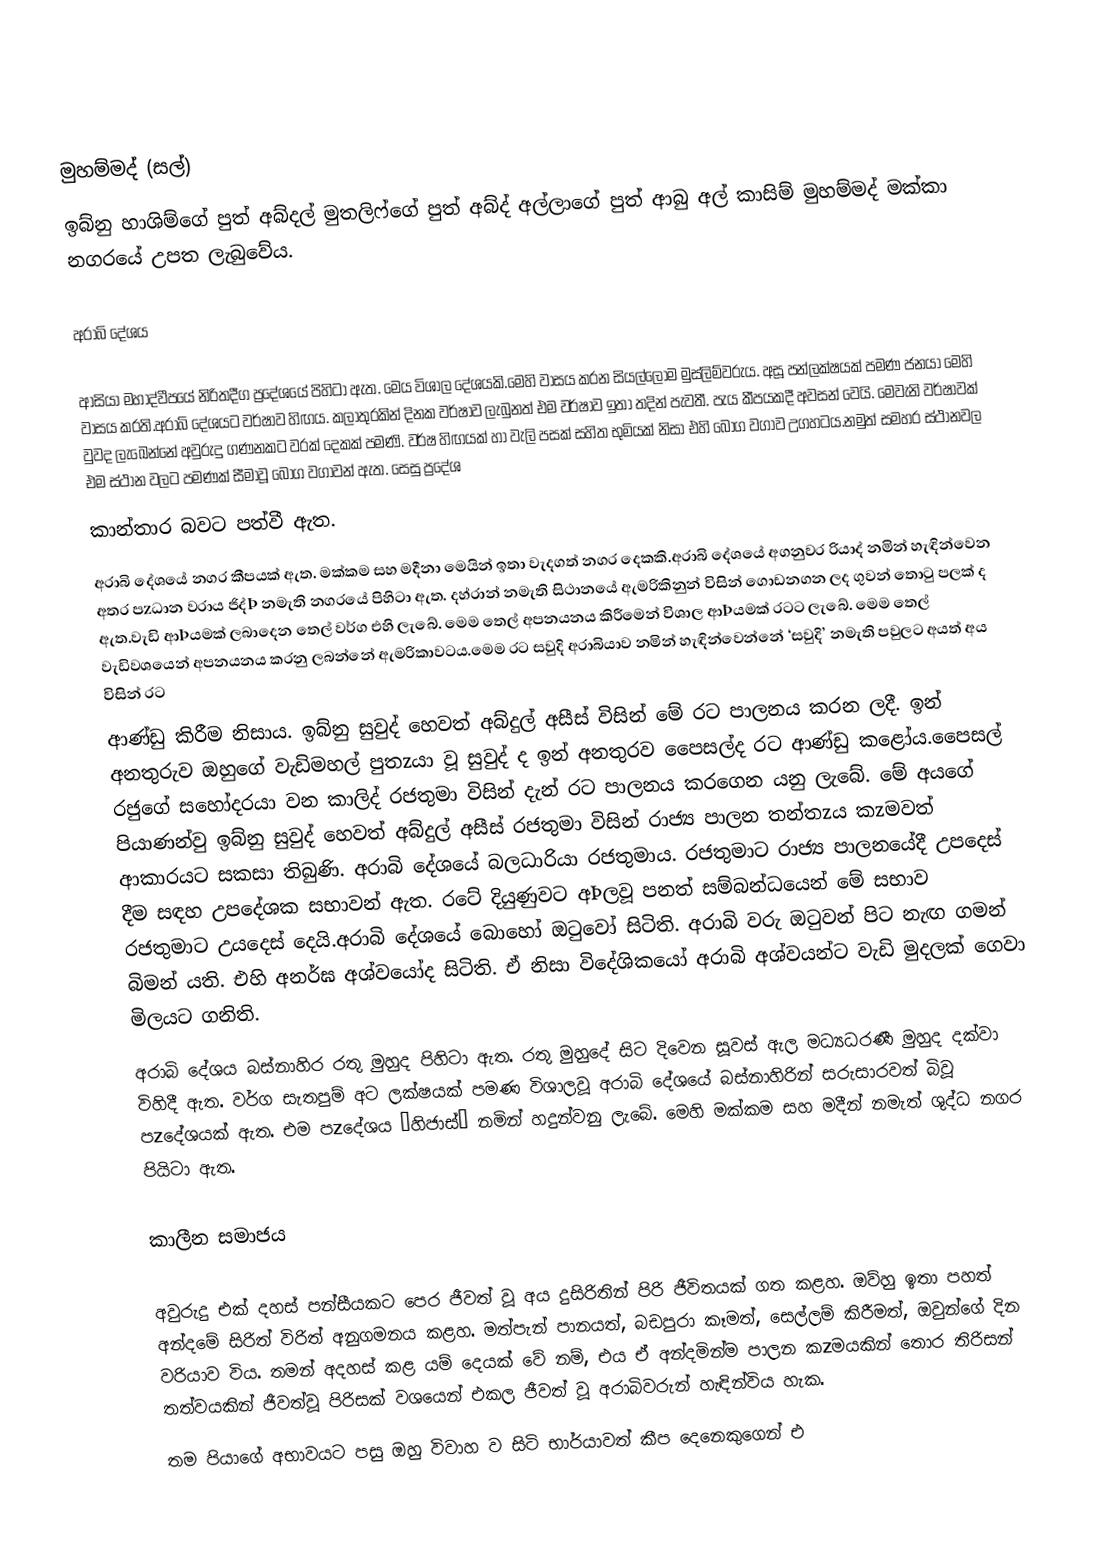

මුහම්මද් (සල්)
ඉබ්නු හාශිම්ගේ පුත් අබ්දල් මුතලිෆ්ගේ පුත්  අබ්ද් අල්ලාගේ පුත් ආබු අල් කාසිම් මුහම්මද්  මක්කා නගරයේ උපත ලැබුවේය.

අරාබි දේශය

ආසියා මහාද්වීපයේ නිරිතදීග ප්‍රදේශයේ පිහිටා ඇත. මෙය විශාල දේශයකි.මෙහි වාසය කරන සියල්ලෝම මුස්ලිම්වරුය. අසූ පන්ලක්ෂයක් පමණ ජනයා මෙහි වාසය කරති.අරාබි දේශයට වර්ෂාව හිඟය. කලාතුරකින් දිනක වර්ෂාව ලැබුනත් එම වර්ෂාව ඉතා තදින් පැවතී. පැය කීපයකදී අවසන් වෙයි. මෙවැනි වර්ෂාවක් වුවද ලැඛෙන්නේ අවුරුදු ගණනකට වරක් දෙකක් පමණි. වර්ෂ හිඟයක් හා වැලි පසක් සහිත භුමියක් නිසා එහි බෝග වගාව උගහටය.නමුත් සමහර ස්ථානවල එම ස්ථාන වලට පමණක් සීමාවූ බෝග වගාවන් ඇත. සෙසු ප්‍රදේශ
කාන්තාර බවට පත්වී ඇත.
අරාබි දේශයේ නගර කීපයක් ඇත. මක්කම සහ මදීනා මෙයින් ඉතා වැදගත් නගර දෙකකි.අරාබි දේශයේ අගනුවර රියාද් නමින් හැඳින්වෙන අතර පzධාන වරාය ජිද්Þ නමැති නගරයේ පිහිටා ඇත. දහ්රාන් නමැති සිථානයේ ඇමරිකිනුන් විසින් ගොඩනගන ලද ගුවන් තොටු පලක් ද ඇත.වැඩි ආÞයමක් ලබාදෙන තෙල් වර්ග එහි ලැබේ. මෙම තෙල් අපනයනය කිරීමෙන් විශාල ආÞයමක් රටට ලැබේ. මෙම තෙල් වැඩිවශයෙන් අපනයනය කරනු ලබන්නේ ඇමරිකාවටය.මෙම රට සවුදි අරාබියාව නමින් හැඳින්වෙන්නේ ‘සවුදි’ නමැති පවුලට අයත් අය විසින් රට
ආණ්ඩු කිරීම නිසාය. ඉබ්නු සුවුද් හෙවත් අබ්දුල් අසීස් විසින් මේ රට පාලනය කරන ලදී. ඉන් අනතුරුව ඔහුගේ වැඩිමහල් පුතzයා වූ සුවුද් ද ඉන් අනතුරව පෛසල්ද රට ආණ්ඩු කළෝය.පෛසල් රජුගේ සහෝදරයා වන කාලිද් රජතුමා විසින් දැන් රට පාලනය කරගෙන යනු ලැබේ. මේ අයගේ පියාණන්වු ඉබ්නු සුවුද් හෙවත් අබ්දුල් අසීස් රජතුමා විසින් රාජ්‍ය පාලන තන්තzය කzමවත් ආකාරයට සකසා තිබුණි. අරාබි දේශයේ බලධාරියා රජතුමාය. රජතුමාට රාජ්‍ය පාලනයේදී උපදෙස් දීම සඳහ උපදේශක සභාවන් ඇත. රටේ දියුණුවට අÞලවූ පනත් සම්බන්ධයෙන් මේ සභාව රජතුමාට උයදෙස් දෙයි.අරාබි දේශයේ බොහෝ ඔටුවෝ සිටිති. අරාබි වරු ඔටුවන් පිට නැඟ ගමන් බිමන් යති. එහි අනර්ඝ අශ්වයෝද සිටිති. ඒ නිසා විදේශිකයෝ අරාබි අශ්වයන්ට වැඩි මුදලක් ගෙවා මිලයට ගනිති.
අරාබි දේශය බස්නාහිර රතු මුහුද පිහිටා ඇත. රතු මුහුදේ සිට දිවෙන සූවස් ඇල මධ්‍යධරණී මුහුද දක්වා විහිදී ඇත. වර්ග සැතපුම් අට ලක්ෂයක් පමණ විශාලවූ අරාබි දේශයේ බස්නාහිරින් සරුසාරවත් බිවූ පzදේශයක් ඇත. එම පzදේශය ‘හිජාස්’ නමින් හදුන්වනු ලැබේ. මෙහි මක්කම සහ මදීන් නමැත් ශුද්ධ නගර පියිටා ඇත.

කාලීන සමාජය

අවුරුදු එක් දහස් පන්සීයකට පෙර ජීවත් වූ අය දුසිරිතින් පිරි ජීවිතයක් ගත කළහ. ඔව්හු ඉතා පහත් අන්දමේ සිරිත් විරිත් අනුගමනය කළහ. මත්පැන් පානයත්, බඩපුරා කෑමත්, සෙල්ලම් කිරීමත්, ඔවුන්ගේ දින වරියාව විය. තමන් අදහස් කළ යම් දෙයක් වේ නම්, එය ඒ අන්දමින්ම පාලන කzමයකින් තොර තිරිසන් තත්වයකින් ජීවත්වූ පිරිසක් වශයෙන් එකල ජීවත් වූ අරාබිවරුන් හැඳින්විය හැක.
තම පියාගේ අභාවයට පසු ඔහු විවාහ ව සිටි භාර්යාවත් කීප දෙනෙකුගෙන් එ